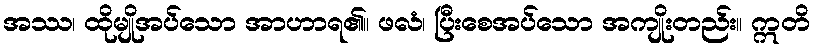
အဿ၊ ထိုမျိုအပ်သော အာဟာရ၏။ ဖလံ၊ ပြီးစေအပ်သော အကျိုးတည်း။ ဣတိ